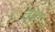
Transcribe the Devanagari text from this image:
दृश्